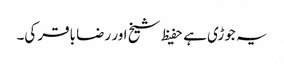
یہ جوڑی ہے حفیظ شیخ اور رضا باقر کی۔